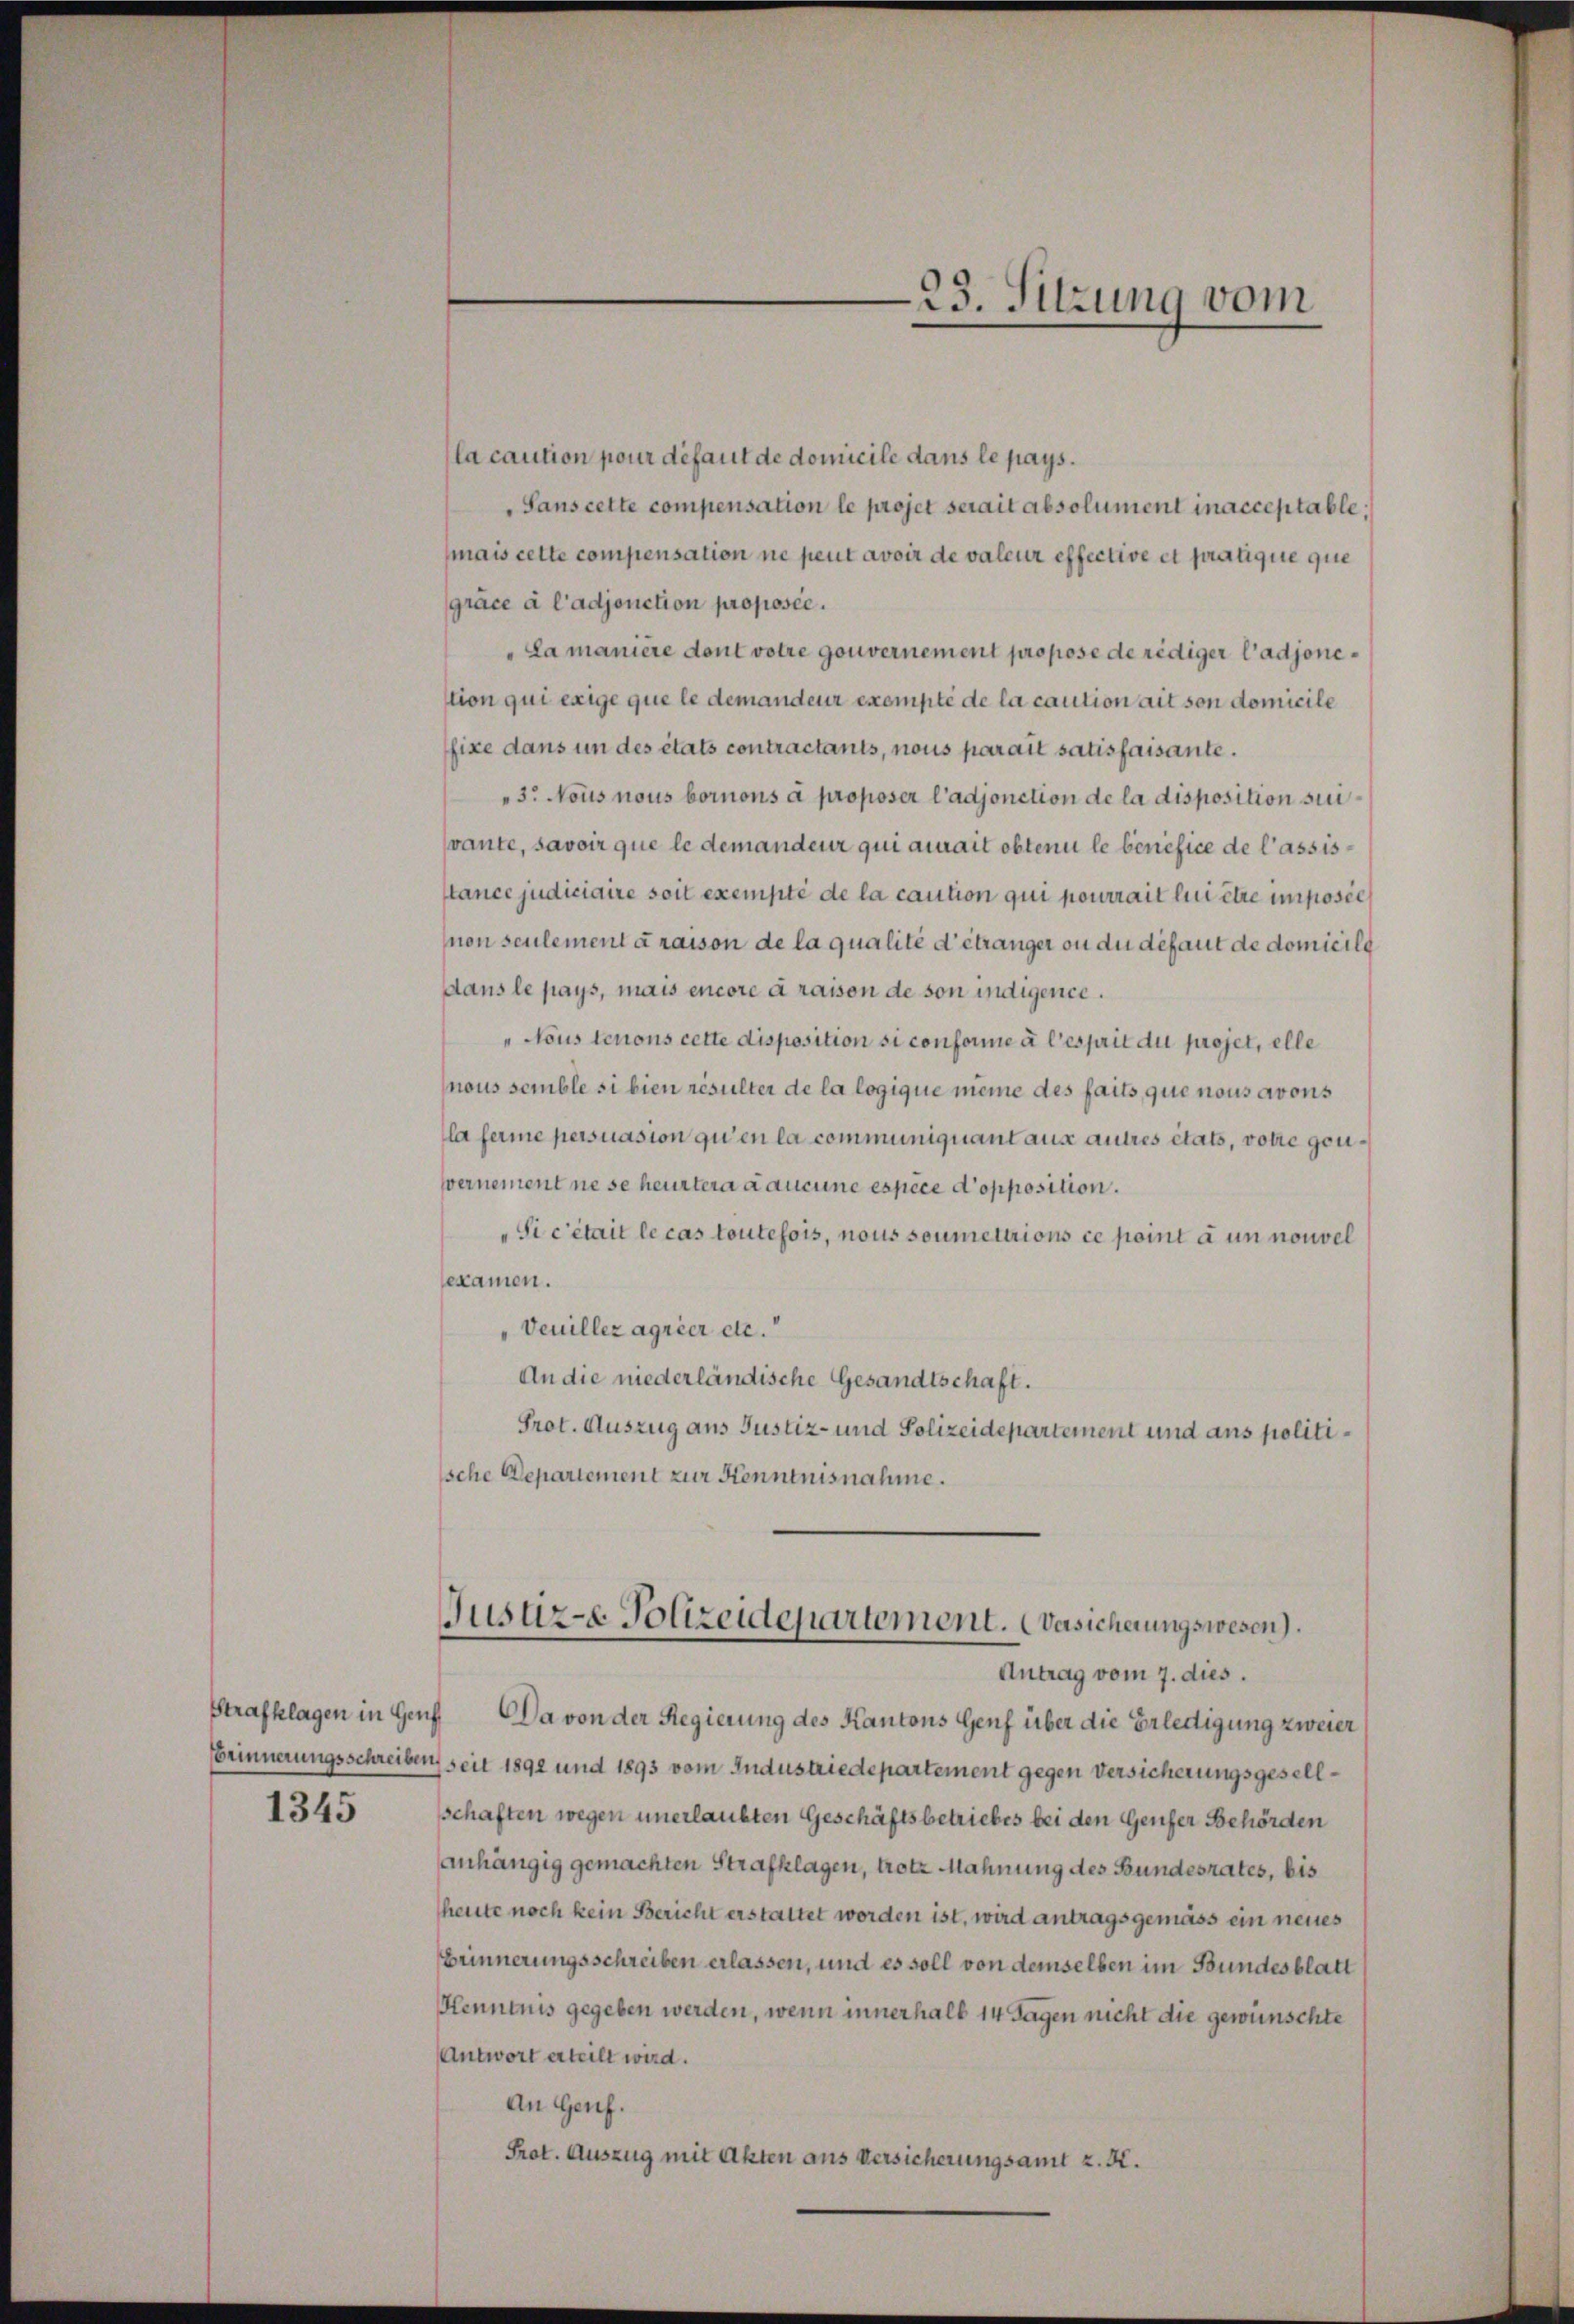
Strafklagen in Genf

1345

la caution pour défaut de domicile dans le pays.
Sans cette compensation le projet serait absolument inacceptable,
mais cette compensation ne peut avoir de valeur effective et pratique que
gräce à l’adjonction proposée.
"La manière dont votre gouvernement propose de rediger l’adjonestion qui exige que le demandeur exempte de la caution ait son domicile
fixe dans un des états contractants, nous parait satisfaisante.
3. Nous nous bornons à proposer l’adjonction de la disposition suivante, savoir que le demandeur qui aurait obtenu le benefice de l’assisstance judiciaire soit exempte de la caution qui pourrait lui être imposée
non seulement à raison de la qualité d’étranger ou du défaut de domicill
dans le pays, mais encore à raison de von indigence.
"Nous tenons cette disposition si conforme à l’esprit du projet, elle
nous semble si bien résulter de la logique meine des faits, que nous avons
la ferme persuasion qu’en la communiquant aus autres états, volle geuvernement ne se heurtera aucune espèce d’opposition.
"Sic'était le cas toutefois, nous soumettrions ce point à un nouvel
sexamen.
"Veuillez agrier etc.
An die niederländische Gesandtschaft.
Prot. Auszug aus Justiz- und Polizeidepartement und aus politische Departement zur Kenntnisnahme.

Antrag vom 7. dies.
Da von der Regierung des Kantons Genf über die Erledigung zweier
Erinnerungsschreiben seit 1892 und 1893 vom Industriedepartement gegen Versicherungsgesellsschaften wegen unerlaubten Geschäftsbetriebes bei den Genfer Behörden
anhängig gemachten Strafklagen, trotz Mahnung des Bundesrates, bis
heute noch kein Bericht erstattet worden ist, wird antragsgemäss ein neues
Brinnerungsschreiben erlassen, und es soll von demselben im Bundesblatt
Henntnis gegeben werden, wenn innerhalb 14 Tagen nicht die gewünschte
Antwort erteilt wird.
An Genf.
Prot. Auszug mit Akten aus Versicherungsamt z. K.

23. Sitzung vom

Justiz- Polizeidepartement. Versicherungswesen).